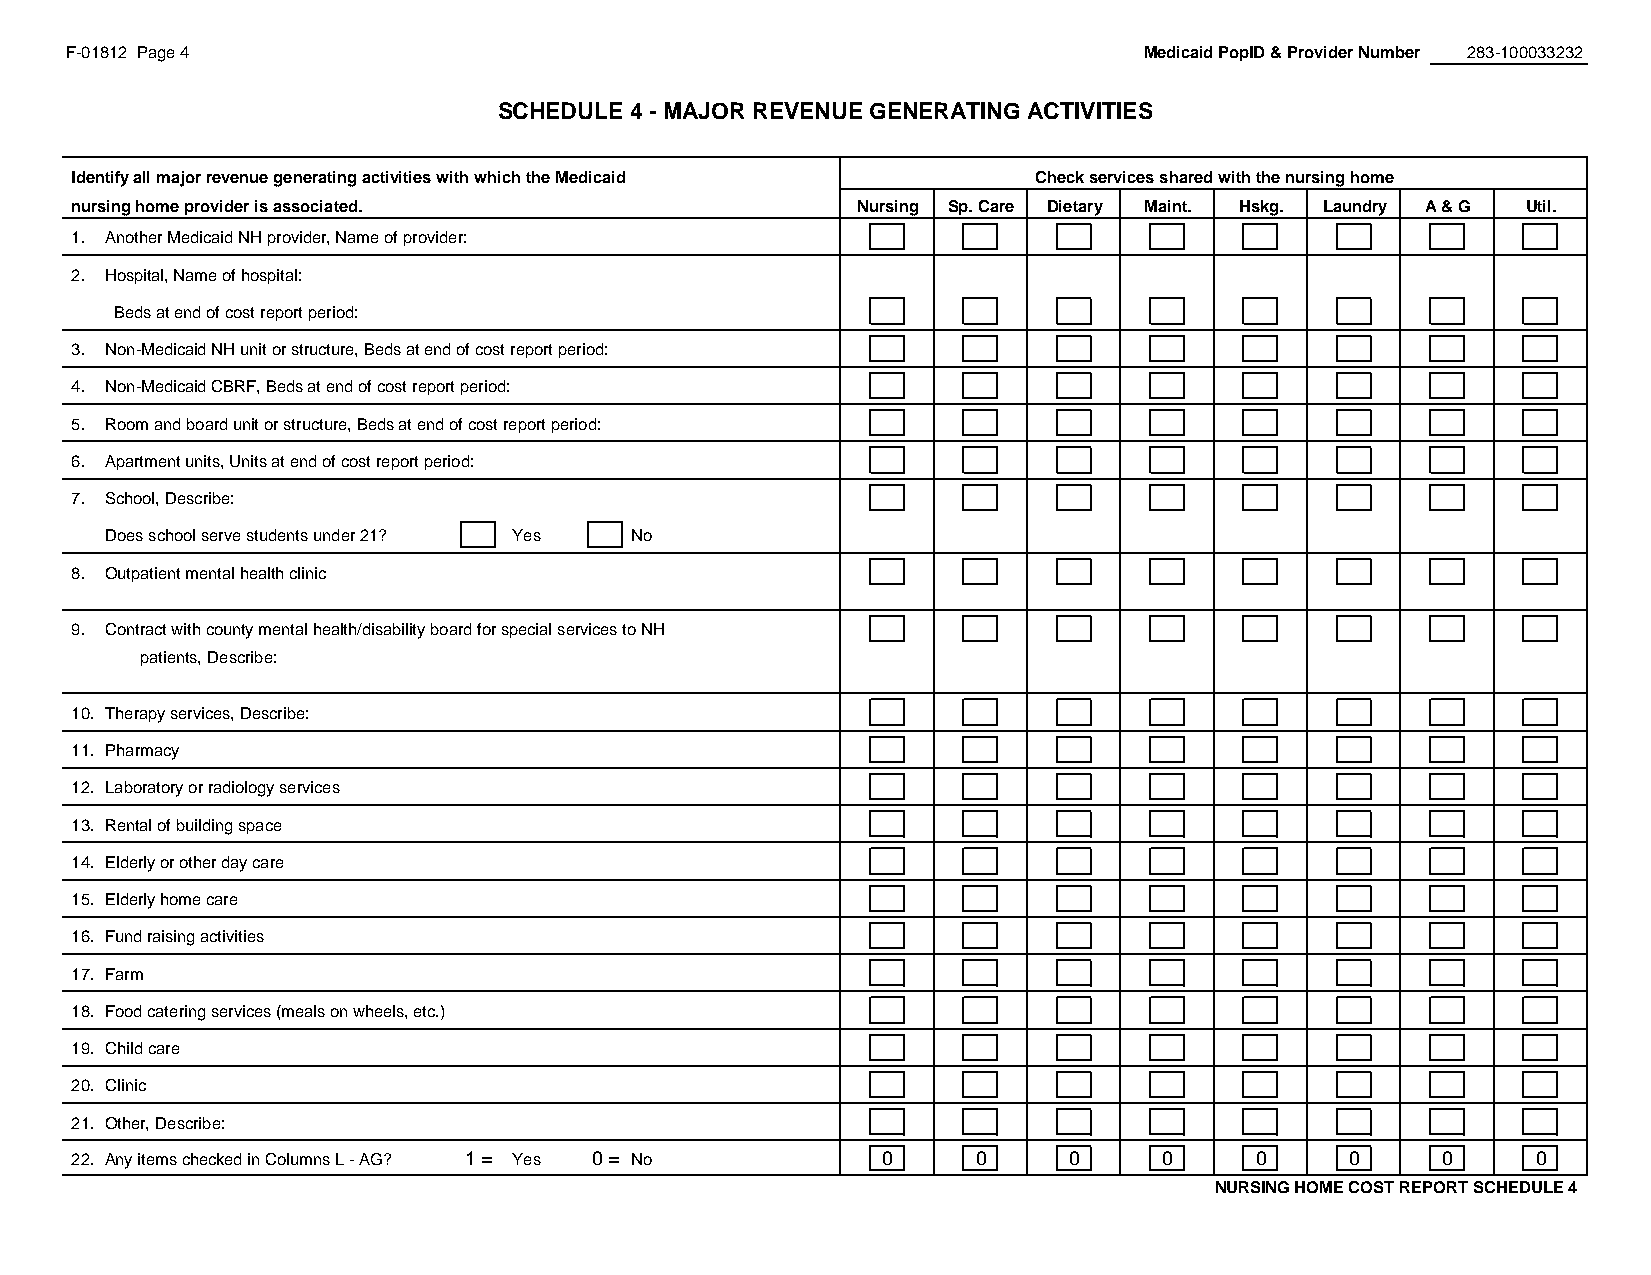
F-01812 Page 4                                                          Medicaid PopID & Provider Number 283-100033232
 SCHEDULE 4 - MAJOR REVENUE GENERATING ACTIVITIES
 #REF!
 Identify all major revenue generating activities with which the Medicaid Check services shared with the nursing home
 nursing home provider is associated.                Nursing Sp. Care Dietary Maint. Hskg. Laundry A & G Util.
 1. Another Medicaid NH provider, Name of provider:
 2. Hospital, Name of hospital:
 Beds at end of cost report period:
 3. Non-Medicaid NH unit or structure, Beds at end of cost report period:
 4. Non-Medicaid CBRF, Beds at end of cost report period:
 5. Room and board unit or structure, Beds at end of cost report period:
 6. Apartment units, Units at end of cost report period:
 7. School, Describe:
 Does school serve students under 21? Yes No
 8. Outpatient mental health clinic
 9. Contract with county mental health/disability board for special services to NH
 patients, Describe:
 10. Therapy services, Describe:
 11. Pharmacy
 12. Laboratory or radiology services
 13. Rental of building space
 14. Elderly or other day care
 15. Elderly home care
 16. Fund raising activities
 17. Farm
 18. Food catering services (meals on wheels, etc.)
 19. Child care
 20. Clinic
 21. Other, Describe:
 22. Any items checked in Columns L - AG? 1 = Yes 0 = No 0   0     0     0     0     0     0      0
 NURSING HOME COST REPORT SCHEDULE 4